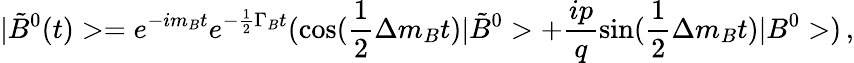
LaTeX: |\tilde{B}^{0}(t)>=e^{-im_{B}t}e^{-\frac{1}{2}\Gamma_{B}t}(\cos(\frac{1}{2}\Delta m_{B}t)|\tilde{B}^{0}>+\frac{ip}{q}\sin(\frac{1}{2}\Delta m_{B}t)|B^{0}>)\, ,